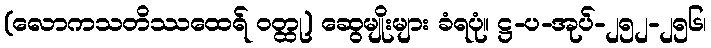
(လောကသတိဿထေရ် ဝတ္ထု) ဆွေမျိုးများ ခံရပုံ။ ဋ္ဌ-ပ-အုပ်-၂၅၂-၂၅၆၊